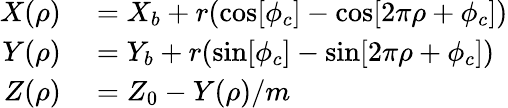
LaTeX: \begin{array}{rl}{X(\rho)}&{{}=X_{b}+r(\cos[\phi_{c}]-\cos[2\pi\rho+\phi_{c}])}\\ {Y(\rho)}&{{}=Y_{b}+r(\sin[\phi_{c}]-\sin[2\pi\rho+\phi_{c}])}\\ {Z(\rho)}&{{}=Z_{0}-Y(\rho)/m}\end{array}